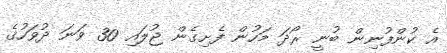
އެ ކުންފުނިން ބުނީ ރޯދަ މަހުން ފެށިގެން ޖުލައި 30 ވަނަ ދުވަހުގެ